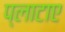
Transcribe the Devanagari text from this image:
प्लाटाए